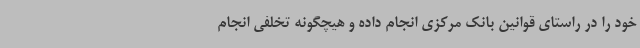
خود را در راستای قوانین بانک مرکزی انجام داده و هیچگونه تخلفی انجام